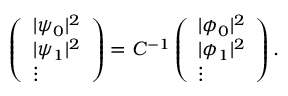
\begin{array} { r } { \left( \begin{array} { l } { | \psi _ { 0 } | ^ { 2 } } \\ { | \psi _ { 1 } | ^ { 2 } } \\ { \vdots } \end{array} \right) = C ^ { - 1 } \left( \begin{array} { l } { | \phi _ { 0 } | ^ { 2 } } \\ { | \phi _ { 1 } | ^ { 2 } } \\ { \vdots } \end{array} \right) . } \end{array}